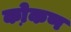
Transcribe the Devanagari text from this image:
को़कण